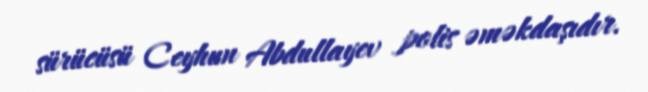
sürücüsü Ceyhun Abdullayev polis əməkdaşıdır.